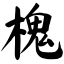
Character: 槐